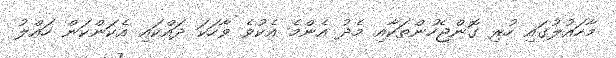
މާހައުލުގައި ހުރި ގޮންޖެހުންތަކާއި މެދު އެންމެ އެކުވެ ވާހަކަ ދައްކައި އެކަންކަން ހައްލު